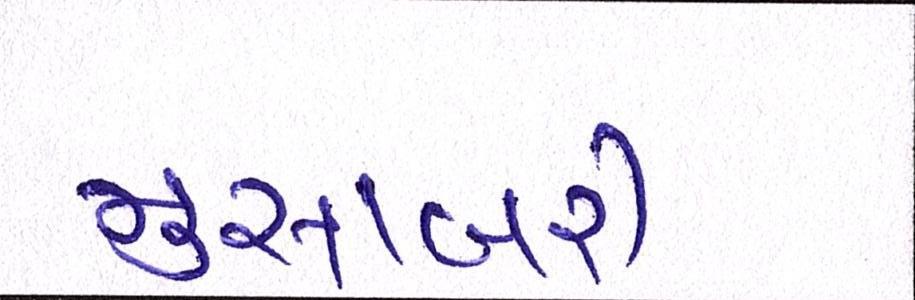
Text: મુસાફરી